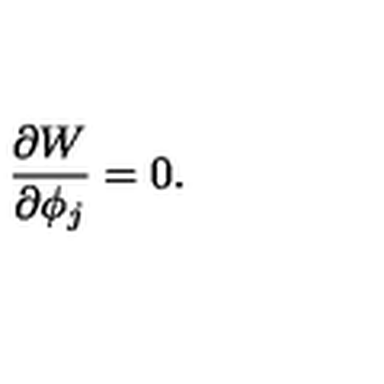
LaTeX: \frac { \partial W } { \partial \phi _ { j } } = 0 .